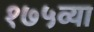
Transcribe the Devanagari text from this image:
१७५व्या